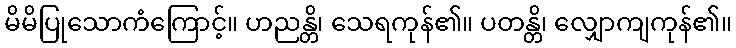
မိမိပြုသောကံကြောင့်။ ဟညန္တိ၊ သေရကုန်၏။ ပတန္တိ၊ လျှောကျကုန်၏။